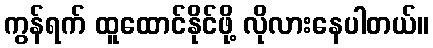
ကွန်ရက် ထူထောင်နိုင်ဖို့ လိုလားနေပါတယ်။